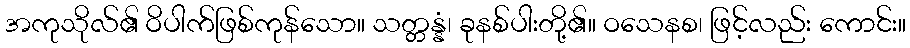
အကုသိုလ်၏ ဝိပါက်ဖြစ်ကုန်သော။ သတ္တန္နံ၊ ခုနစ်ပါးတို့၏။ ဝသေနစ၊ ဖြင့်လည်း ကောင်း။